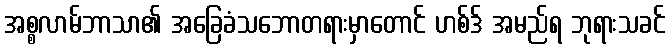
အစ္စလာမ်ဘာသာ၏ အခြေခံသဘောတရားမှာတောင် ဟစ်ဒ် အမည်ရ ဘုရားသခင်